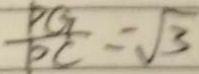
\frac { P G } { P C } = \sqrt { 3 }